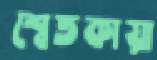
শ্বেতকায়া